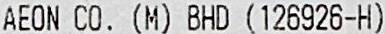
AEON CO. (M) BHD (126926-H)